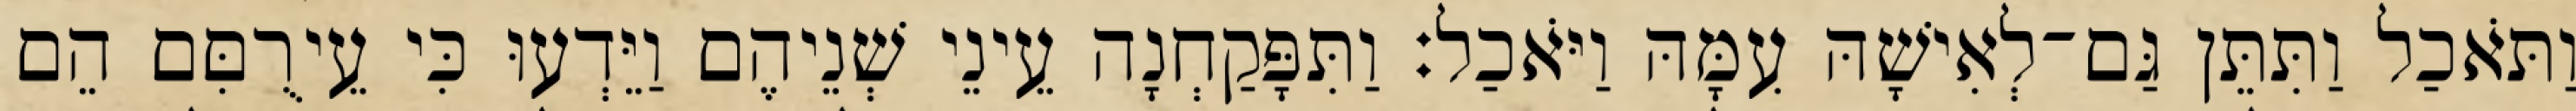
וַתֹּאכַל וַתִּתֵּן גַּם־לְאִישָׁהּ עִמָּהּ וַיֹּאכַל׃ וַתִּפָּקַחְנָה עֵינֵי שְׁנֵיהֶם וַיֵּדְעוּ כִּי עֵירֻםִּם הֵם